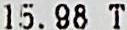
15.98 T